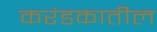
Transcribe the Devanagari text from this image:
करंडकातील